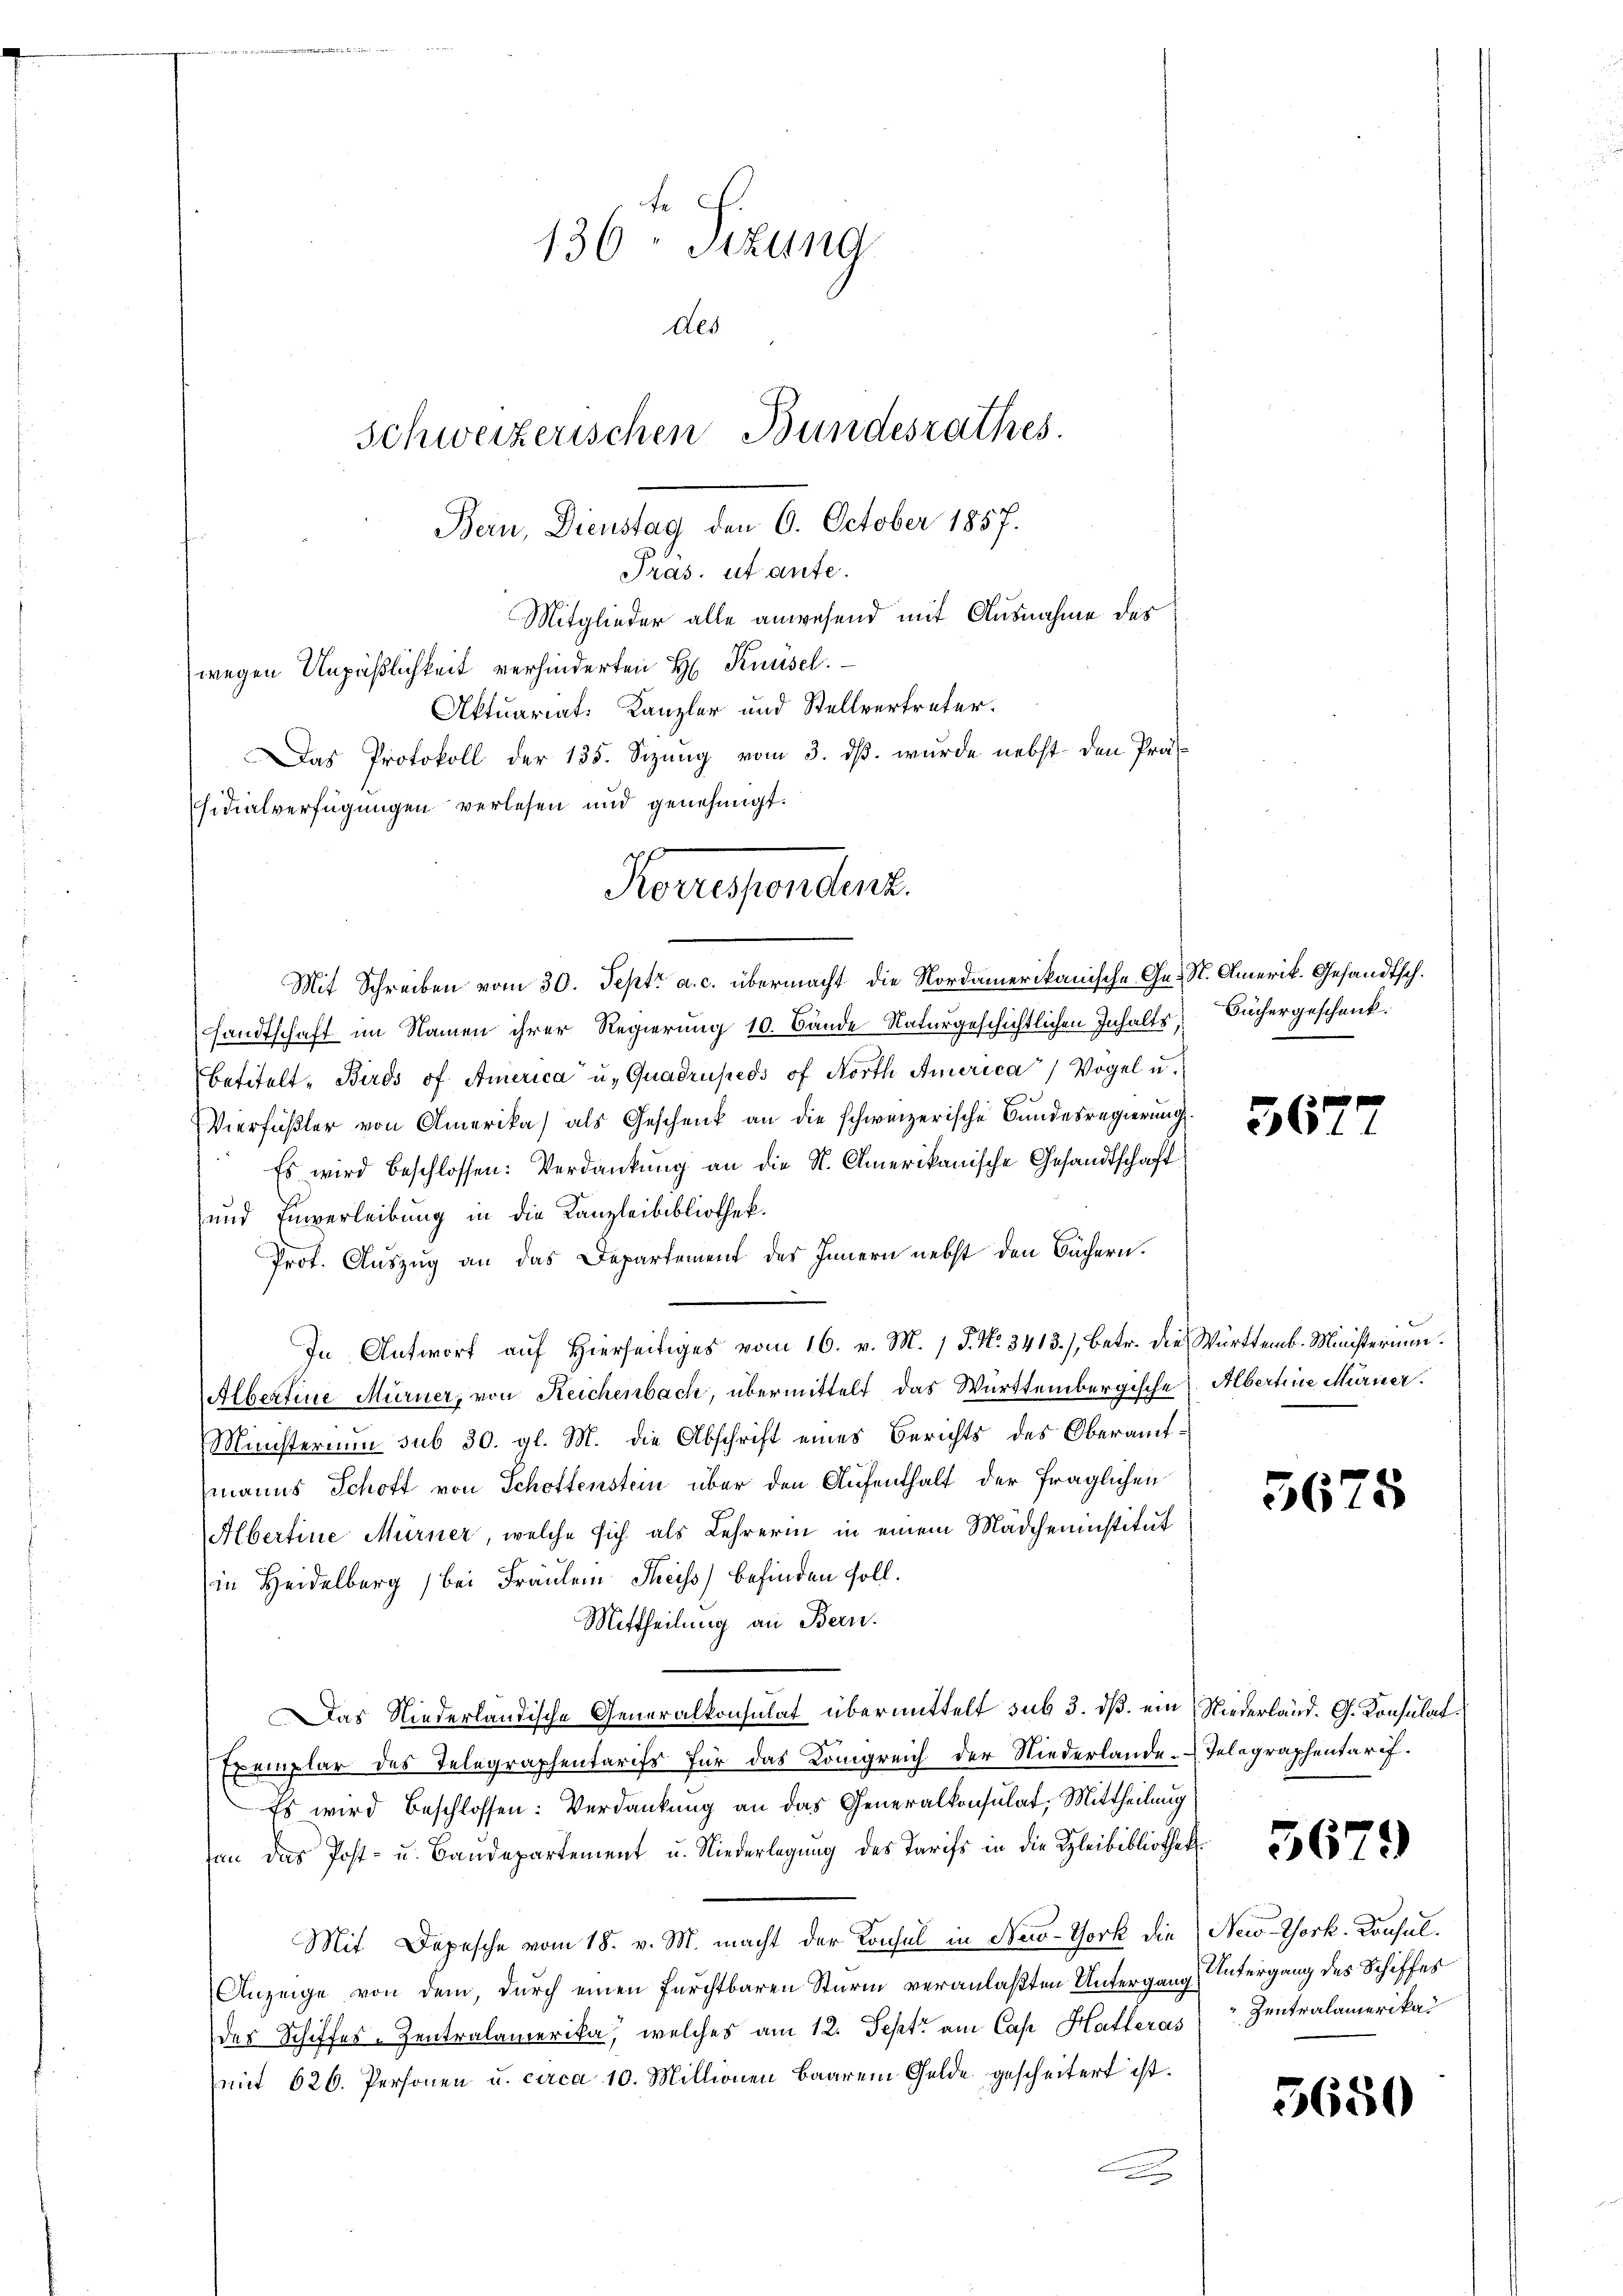
136 Sizung
des
Schweizerischen Bundesrathes.
Bern, Dienstag den 6. October 1857.
Präs. ut ante.
Mitglieder alle anwesend mit Ausnahme des
wegen Unpäßlichkeit verhinderten H Knüsel.
Aktuariat. Kanzler und Stellvertreter.
Das Protokoll der 135. Sizŭng vom 3. dβ. wurde nebst den Präsidialverfügungen verlesen und genehmigt.

Korresenden.

Mit Schreiben vom 30. Sept. a. c. übermacht die Nordamerikanische Ge- St. Amerik. Gesandtsch.
sandtschaft im Namen ihrer Regierung 10. Bände Naturgeschichtlichen Inhalts,
Betitelt - Birds of America u. Quadrupeds of North America“ Vogel u.
Vierfüßler von Amerika) als Geschenk an die schweizerische Bundesregierung.
Es wird beschlossen: Verdankung an die St. Amerikanische Gesandtschaft
 und Einverleibung in die Kanzleibibliothek.
Prot. Auszug an das Departement des Innern nebst den Büchern.
In Antwort auf Hierseitiges vom 16. v. M. 1 S. Nr. 3413.) Betr. die Württemb. Ministerium.
Albertine Mürner, von Reichenbach, übermittelt das Württembergische Albertine Murier.
Ministerium sub 30. gl. M. die Abschrift eines Berichts des Oberamtmanns Schoft von Schottenstein über den Aufenthalt der fraglichen
Albertine Mürner, welche sich als Lehrerin in einem Mädcheninstitut
in Heidelberg bei Fräulein Theiss befinden soll.
Mittheilung an Bern.
Das Niederländische Generalkonsulat übermittelt sub 3. ds. ein Niederland. G. Konsulat
Exemplar des Telegraphentarifs für das Königreich der Niederlande. Telegraphentarif¬
Es wird beschlossen: Verdankung an das Generalkonsulat, Mittheilung
fen das Post- u. Baudepartement u. Niederlegung des Tarifs in die Bleibibliothek
Mit Depesche vom 18. v. M. macht der Konsul in New-York die
Anzeige von dem, durch einen furchtbaren Sturm veranlaßten Untergang Untergang des Schiffes
des Schiffes-Zentralamerika, welches am 12. Sept. am Cap Hatteras
(mit 626. Personen u. circa 10. Millionen Baarem Gelde gescheitert ist.
2

Büchergeschenk.

567

362

5

5679

New-York. Konsul
 Zentralamerika

5650